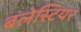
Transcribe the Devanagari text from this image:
बलेस्टियर